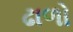
ઢાળો